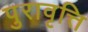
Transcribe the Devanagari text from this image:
पुरावृत्ति